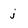
Character: j